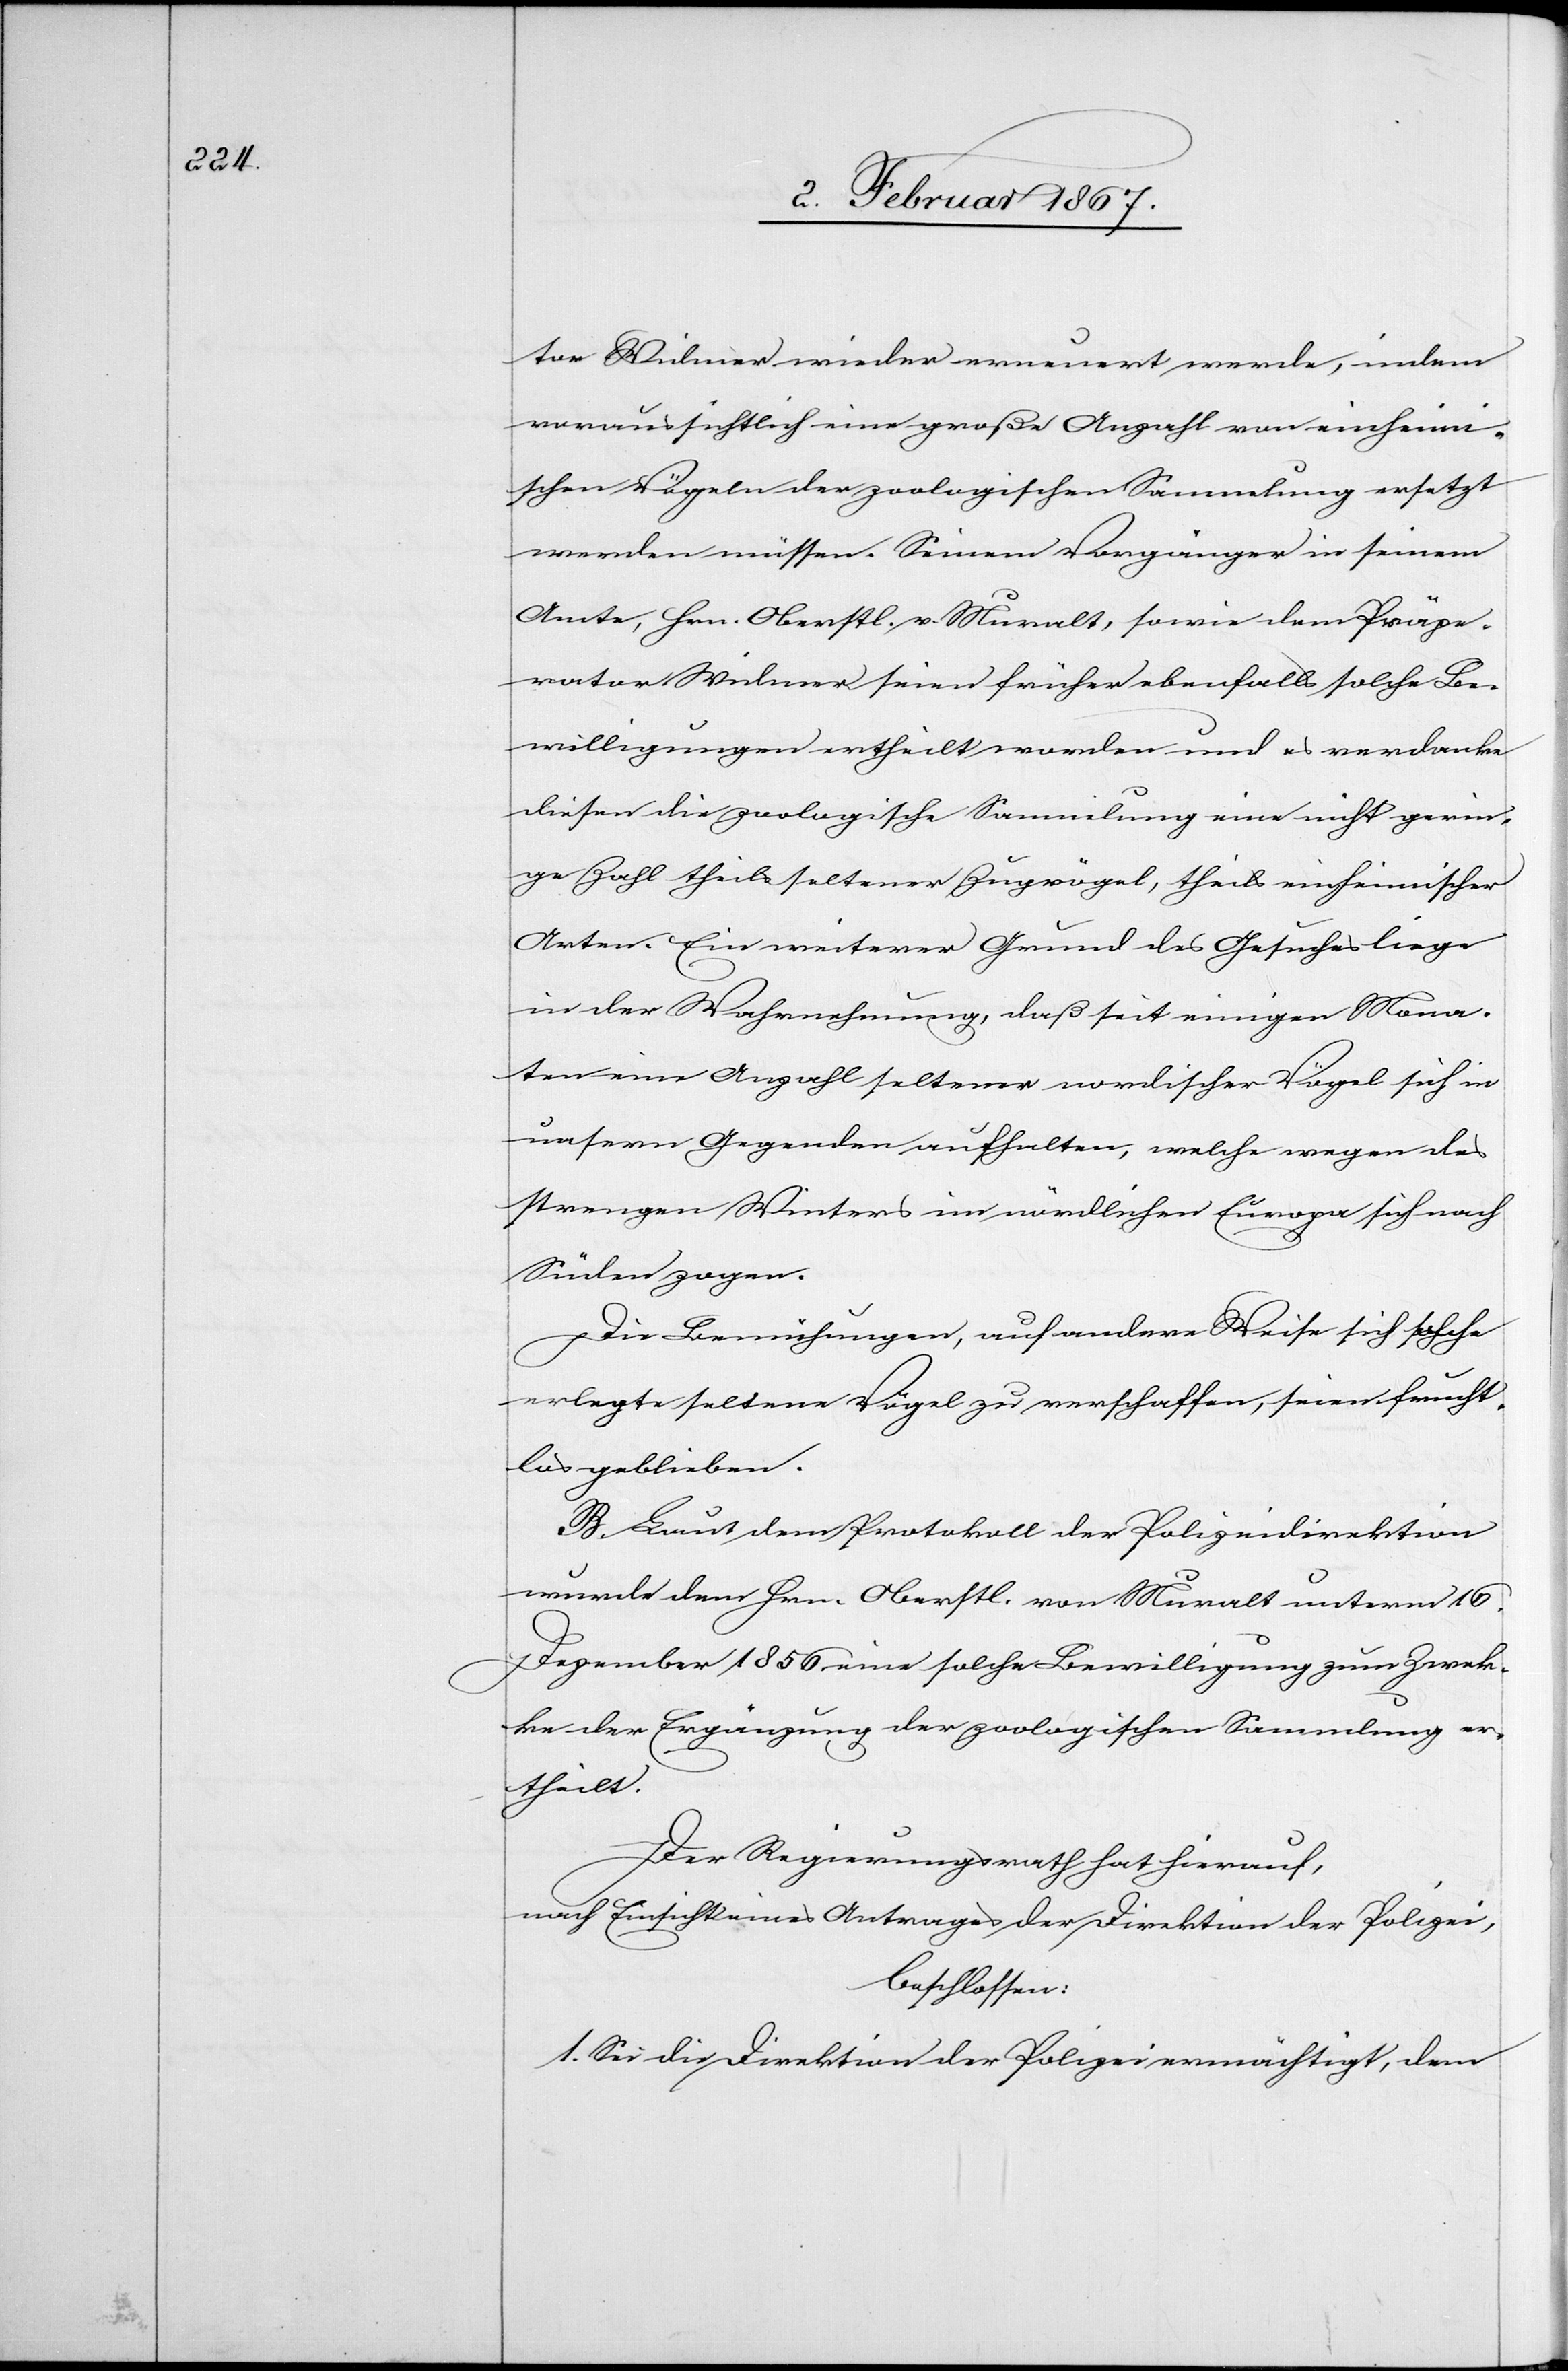
tor Widmer wieder erneuert werde, indem
voraussichtlich eine große Anzahl von einheimi¬
schen Vögeln der zoologischen Sammlung ersetzt
werden müssen. Seinem Vorgänger in seinem
Amte, Hrn. Oberstl. v. Muralt, sowie dem Präpe¬
rator Widmer seien früher ebenfalls solche Be¬
willigungen ertheilt worden und es verdanke
diesen die zoologische Sammlung eine nicht gerin¬
ge Zahl theils seltener Zugvögel, theils einheimischer
Arten. Ein weiterer Grund des Gesuches liege
in der Wahrnehmung, daß seit einigen Mona¬
ten eine Anzahl seltener nordischer Vögel sich in
unsern Gegenden aufhalten, welche wegen des
strengen Winters im nördlichen Europa sich nach
Süden zogen.
Die Bemühungen, auf andere Weise sich [?solche]
erlegte seltene Vögel zu verschaffen, seien frucht¬
los geblieben.
B. Laut dem Protokoll der Polizeidirektion
wurde dem Hrn. Oberstl. von Muralt unterm 16.
Dezember 1856 eine solche Bewilligung zum Zwec¬
ke der Ergänzung der zoologischen Sammlung er¬
theilt.
Der Regierungsrath hat hierauf,
nach Einsicht eines Antrages der Direktion der Polizei,
beschlossen:
1. Sei die Direktion der Polizei ermächtigt, dem